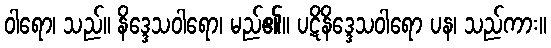
ဝါရော၊ သည်။ နိဒ္ဒေသဝါရော၊ မည်၏။ ပဋိနိဒ္ဒေသဝါရော ပန၊ သည်ကား။